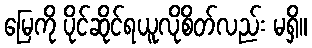
မြေကို ပိုင်ဆိုင်ရယူလိုစိတ်လည်း မရှိ။